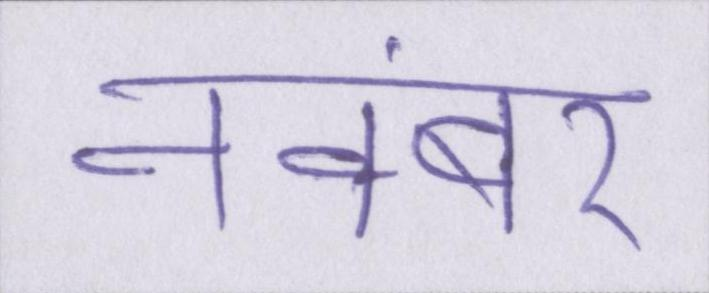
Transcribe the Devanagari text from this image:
नवंबर